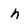
Character: h